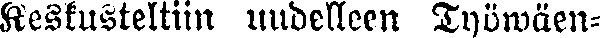
Keskusteltiin uudelleen Työwäen-